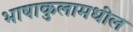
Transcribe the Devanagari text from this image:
भाषाकुलामधील